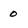
Character: 0